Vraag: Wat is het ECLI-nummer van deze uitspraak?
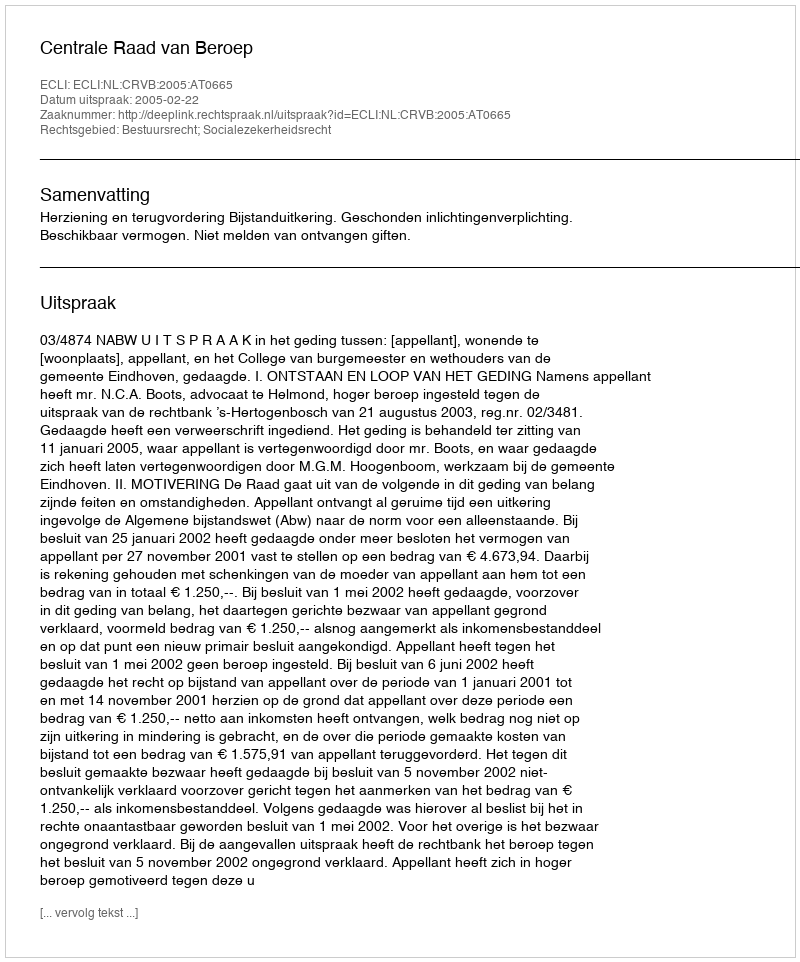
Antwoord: ECLI:NL:CRVB:2005:AT0665